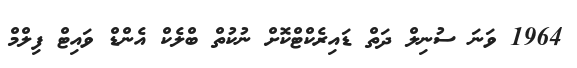
1964 ވަނަ ސުނިލް ދަތް ޑައިރެކްޓްކޮށް ނުކުތް ބްލެކް އެންޑް ވައިޓް ފިލްމް